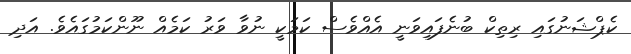
ކެޕްޝަނުގައި ރިތިކް ބުނެފައިވަނީ އެއްވެސް ކަމަކީ ނުވާ ވަރު ކަމެއް ނޫންކަމުގައެވެ. އަދި